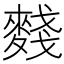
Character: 䴼